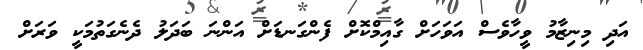
އަދި މިނިޒާމު ވީހާވެސް އަވަހަށް ގާއިމްކޮށް ފެންގަނޑަށް އަންނަ ބަދަލު ދެނެގަތުމަކީ ވަރަށް